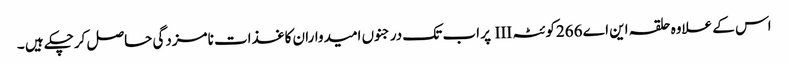
اس کے علاوہ حلقہ این اے 266کوئٹہ III پر اب تک درجنوں امیدواران کاغذات نامزدگی حاصل کرچکے ہیں ۔